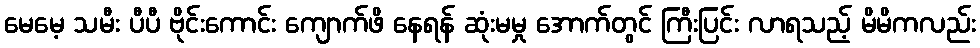
မေမေ့ သမီး ပီပီ ဗိုင်းကောင်း ကျောက်ဖိ နေရန် ဆုံးမမှု အောက်တွင် ကြီးပြင်း လာရသည့် မိမိကလည်း